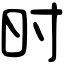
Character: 时